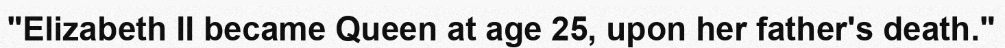
"Elizabeth II became Queen at age 25, upon her father's death."